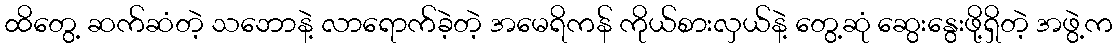
ထိတွေ့ ဆက်ဆံတဲ့ သဘောနဲ့ လာရောက်ခဲ့တဲ့ အမေရိကန် ကိုယ်စားလှယ်နဲ့ တွေ့ဆုံ ဆွေးနွေးဖို့ရှိတဲ့ အဖွဲ့က